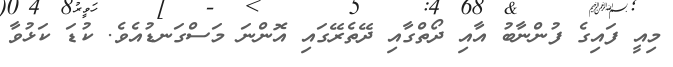
މިއީ ފައިގެ ފުންނާބު އާއި ދޯތްގާއި ދޭތެރޭގައި އޮންނަ މަސްގަނޑުއެވެ. ކުޑަ ކަޅުވާ